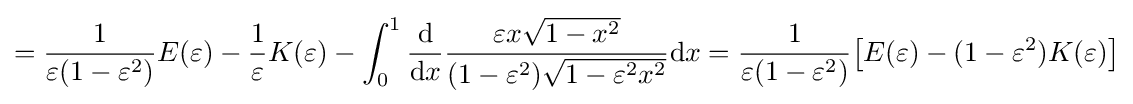
={\frac {1}{\varepsilon (1-\varepsilon ^{2})}}E(\varepsilon )-{\frac {1}{\varepsilon }}K(\varepsilon )-\int _{0}^{1}{\frac {\mathrm {d} }{\mathrm {d} x}}{\frac {\varepsilon x{\sqrt {1-x^{2}}}}{(1-\varepsilon ^{2}){\sqrt {1-\varepsilon ^{2}x^{2}}}}}\mathrm {d} x={\frac {1}{\varepsilon (1-\varepsilon ^{2})}}{\bigl [}E(\varepsilon )-(1-\varepsilon ^{2})K(\varepsilon ){\bigr ]}